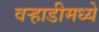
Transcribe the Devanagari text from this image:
वर्‍हाडीमध्ये